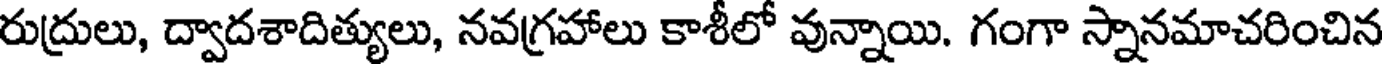
రుద్రులు, ద్వాదశాదిత్యులు, నవగ్రహాలు కాశీలో వున్నాయి. గంగా స్నానమాచరించిన